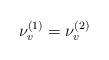
LaTeX: \begin{align*} \nu_{v}^{(1)}=\nu_{v}^{(2)} \ \ \end{align*}